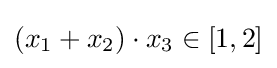
(x_{1}+x_{2})\cdot x_{3}\in [1,2]